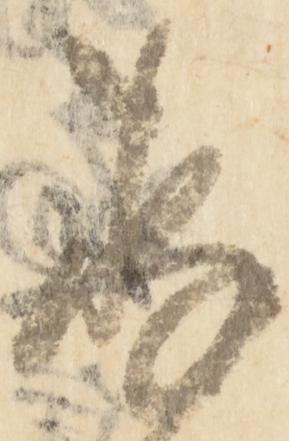
存